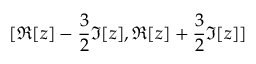
[ \Re [ z ] - \frac { 3 } { 2 } \Im [ z ] , \Re [ z ] + \frac { 3 } { 2 } \Im [ z ] ]